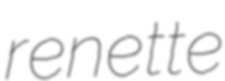
renette